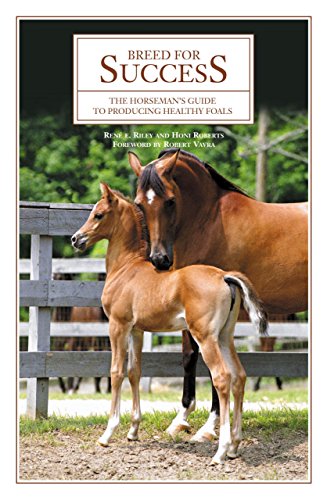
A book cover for Breed for Success: The Horseman's Guide to Producing Healthy Foals; Rene E Riley; Medical Books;